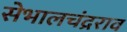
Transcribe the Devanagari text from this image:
सेभालचंद्रराव